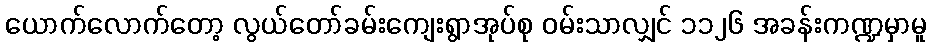
ယောက်လောက်တော့ လွယ်တော်ခမ်းကျေးရွာအုပ်စု ဝမ်းသာလျှင် ၁၁၂၆ အခန်းကဏ္ဍမှာမူ